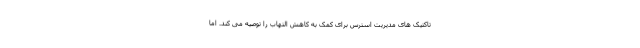
تاکتیک های مدیریت استرس برای کمک به کاهش التهاب را توصیه می کند. اما